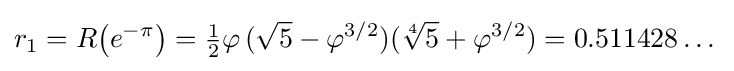
r_{1}=R{\big (}e^{-\pi }{\big )}={\tfrac {1}{2}}\varphi \,({\sqrt {5}}-\varphi ^{3/2})({\sqrt[{4}]{5}}+\varphi ^{3/2})=0.511428\dots